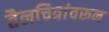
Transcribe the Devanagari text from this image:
तैलचित्रांवरून